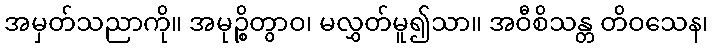
အမှတ်သညာကို။ အမုဉ္စိတွာဝ၊ မလွှတ်မူ၍သာ။ အဝီစိသန္တ တိဝသေန၊